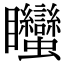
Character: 䂅